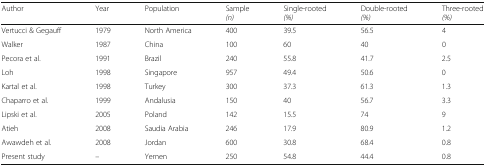
| Author | Year | Population | Sample(n) | Single-rooted(%) | Double-rooted(%) | Three-rooted(%) |
 | --- | --- | --- | --- | --- | --- | --- |
 | Vertucci & Gegauff | 1979 | North America | 400 | 39.5 | 56.5 | 4 |
 | Walker | 1987 | China | 100 | 60 | 40 | 0 |
 | Pecora et al. | 1991 | Brazil | 240 | 55.8 | 41.7 | 2.5 |
 | Loh | 1998 | Singapore | 957 | 49.4 | 50.6 | 0 |
 | Kartal et al. | 1998 | Turkey | 300 | 37.3 | 61.3 | 1.3 |
 | Chaparro et al. | 1999 | Andalusia | 150 | 40 | 56.7 | 3.3 |
 | Lipski et al. | 2005 | Poland | 142 | 15.5 | 74 | 9 |
 | Atieh | 2008 | Saudia Arabia | 246 | 17.9 | 80.9 | 1.2 |
 | Awawdeh et al. | 2008 | Jordan | 600 | 30.8 | 68.4 | 0.8 |
 | Present study | – | Yemen | 250 | 54.8 | 44.4 | 0.8 |